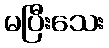
မပြီးသေး